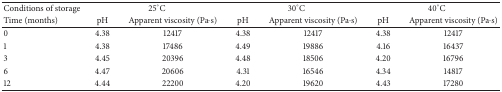
<table><thead><tr><td><b>Conditions of storage</b></td><td colspan="2"><b>25°C</b></td><td colspan="2"><b>30°C</b></td><td colspan="2"><b>40°C</b></td></tr><tr><td><b>Time (months)</b></td><td><b>pH</b></td><td><b>Apparent viscosity (Pa·s)</b></td><td><b>pH</b></td><td><b>Apparent viscosity (Pa·s)</b></td><td><b>pH</b></td><td><b>Apparent viscosity (Pa·s)</b></td></tr></thead><tbody><tr><td>0</td><td>4.38</td><td>12417</td><td>4.38</td><td>12417</td><td>4.38</td><td>12417</td></tr><tr><td>1</td><td>4.38</td><td>17486</td><td>4.49</td><td>19886</td><td>4.16</td><td>16437</td></tr><tr><td>3</td><td>4.45</td><td>20396</td><td>4.48</td><td>18506</td><td>4.20</td><td>16796</td></tr><tr><td>6</td><td>4.47</td><td>20606</td><td>4.31</td><td>16546</td><td>4.34</td><td>14817</td></tr><tr><td>12</td><td>4.44</td><td>22200</td><td>4.20</td><td>19620</td><td>4.43</td><td>17280</td></tr></tbody></table>